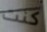
كنت